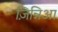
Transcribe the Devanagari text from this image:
ज़िन्निआ